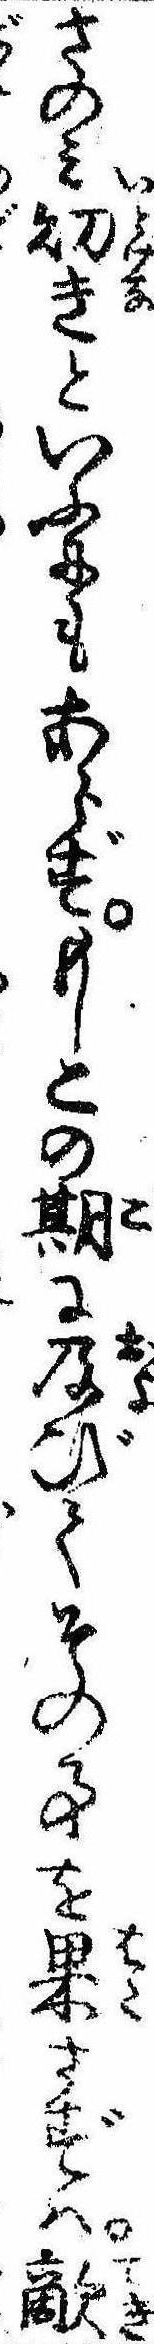
さのみ幼きといふにもあらずもしこの期に及びてその事を果さずは敵